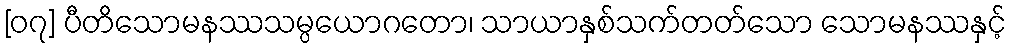
[၀၇] ပီတိသောမနဿသမ္ပယောဂတော၊ သာယာနှစ်သက်တတ်သော သောမနဿနှင့်